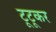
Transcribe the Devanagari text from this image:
टूटूकर